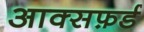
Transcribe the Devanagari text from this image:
आक्सफ़र्ड